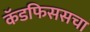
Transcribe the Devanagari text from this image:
कॅडफिससचा